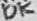
Text: 10K